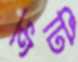
ক্রটি